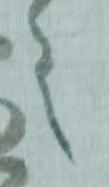
之